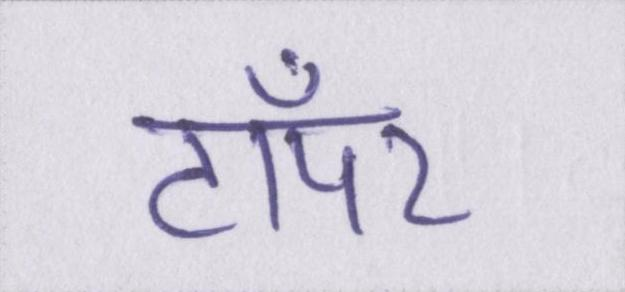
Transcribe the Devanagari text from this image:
टॉपर